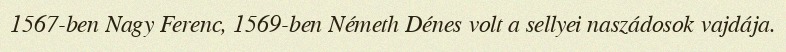
1567-ben Nagy Ferenc, 1569-ben Németh Dénes volt a sellyei naszádosok vajdája.